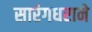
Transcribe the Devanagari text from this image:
सारंगधराने